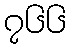
၇၆၆